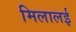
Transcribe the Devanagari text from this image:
मिलालई